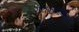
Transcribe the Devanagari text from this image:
रायफामपिसिन